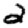
Digit: 2